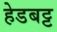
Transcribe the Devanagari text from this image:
हेडबट्ट